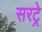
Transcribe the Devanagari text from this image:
सरट्रे